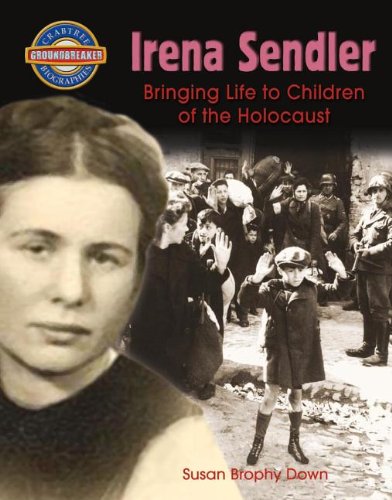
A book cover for Irena Sendler: Bringing Life to Children of the Holocaust (Crabtree Groundbreaker Biographies); Susan Brophy Down; Children's Books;